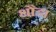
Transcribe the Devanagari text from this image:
थौडा